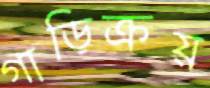
গাড়িক্রয়